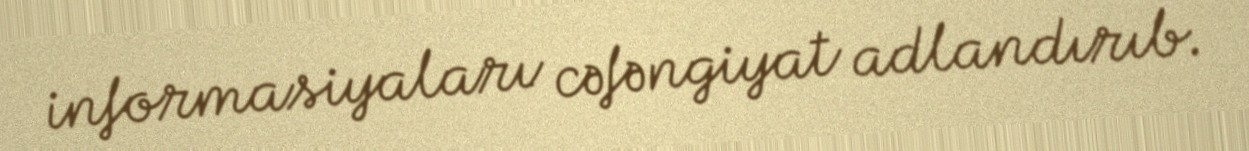
informasiyaları cəfəngiyat adlandırıb.